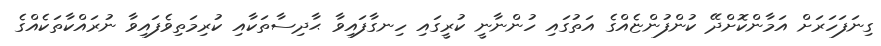
ގިނަފަހަރަށް އަމާންކޮށްދޭ ކުންފުންޏެއްގެ އަތުގައި ހުންނާނީ ކުރީގައި ހިނގާފައިވާ ޙާދިސާތަކާއި ކުރިމަތިވެފައިވާ ނުރައްކާތަކެއްގެ